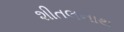
શીતલનાથ